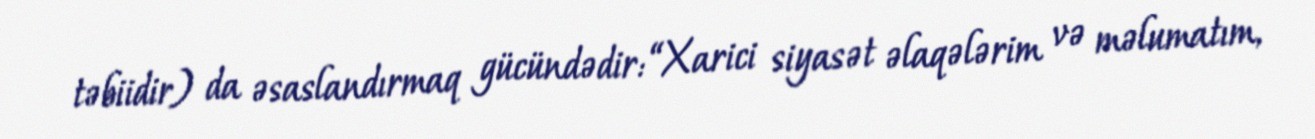
təbiidir) da əsaslandırmaq gücündədir: “Xarici siyasət əlaqələrim və məlumatım,